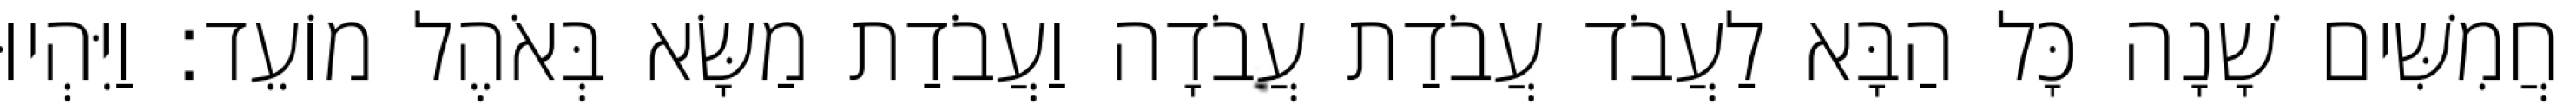
חֲמִשִּׁים שָׁנָה כָּל הַבָּא לַעֲבֹד עֲבֹדַת עֲבֹדָה וַעֲבֹדַת מַשָּׂא בְּאֹהֶל מוֹעֵד׃ וַיִּהְיוּ